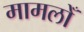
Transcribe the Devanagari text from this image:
मामलोँ